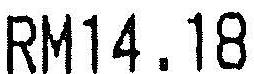
RM14.18